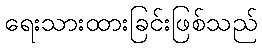
ရေးသားထားခြင်းဖြစ်သည်